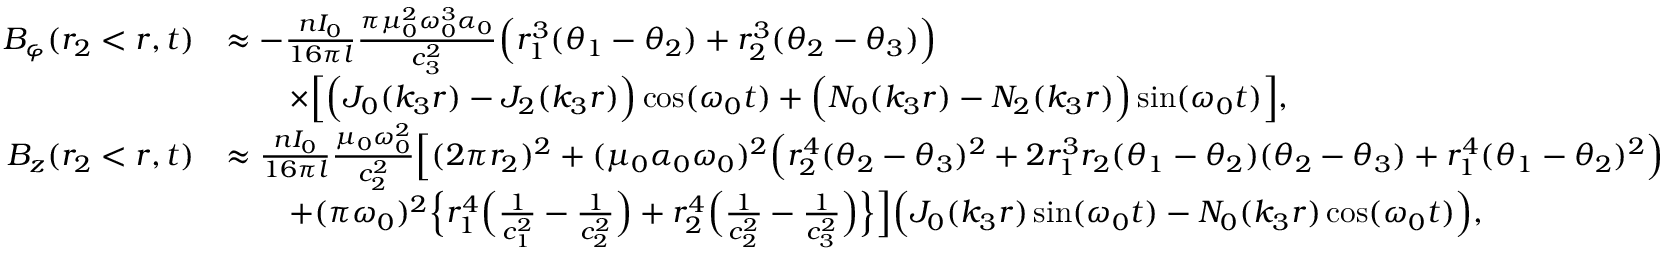
\begin{array} { r l } { B _ { \varphi } ( r _ { 2 } < r , t ) } & { \approx - \frac { n I _ { 0 } } { 1 6 \pi l } \frac { \pi \mu _ { 0 } ^ { 2 } \omega _ { 0 } ^ { 3 } \alpha _ { 0 } } { c _ { 3 } ^ { 2 } } \Big ( r _ { 1 } ^ { 3 } ( \theta _ { 1 } - \theta _ { 2 } ) + r _ { 2 } ^ { 3 } ( \theta _ { 2 } - \theta _ { 3 } ) \Big ) } \\ & { \qquad \times \Big [ \Big ( J _ { 0 } ( k _ { 3 } r ) - J _ { 2 } ( k _ { 3 } r ) \Big ) \cos ( \omega _ { 0 } t ) + \Big ( N _ { 0 } ( k _ { 3 } r ) - N _ { 2 } ( k _ { 3 } r ) \Big ) \sin ( \omega _ { 0 } t ) \Big ] , } \\ { B _ { z } ( r _ { 2 } < r , t ) } & { \approx \frac { n I _ { 0 } } { 1 6 \pi l } \frac { \mu _ { 0 } \omega _ { 0 } ^ { 2 } } { c _ { 2 } ^ { 2 } } \Big [ ( 2 \pi r _ { 2 } ) ^ { 2 } + ( \mu _ { 0 } \alpha _ { 0 } \omega _ { 0 } ) ^ { 2 } \Big ( r _ { 2 } ^ { 4 } ( \theta _ { 2 } - \theta _ { 3 } ) ^ { 2 } + 2 r _ { 1 } ^ { 3 } r _ { 2 } ( \theta _ { 1 } - \theta _ { 2 } ) ( \theta _ { 2 } - \theta _ { 3 } ) + r _ { 1 } ^ { 4 } ( \theta _ { 1 } - \theta _ { 2 } ) ^ { 2 } \Big ) } \\ & { \qquad + ( \pi \omega _ { 0 } ) ^ { 2 } \Big \{ r _ { 1 } ^ { 4 } \Big ( \frac { 1 } { c _ { 1 } ^ { 2 } } - \frac { 1 } { c _ { 2 } ^ { 2 } } \Big ) + r _ { 2 } ^ { 4 } \Big ( \frac { 1 } { c _ { 2 } ^ { 2 } } - \frac { 1 } { c _ { 3 } ^ { 2 } } \Big ) \Big \} \Big ] \Big ( J _ { 0 } ( k _ { 3 } r ) \sin ( \omega _ { 0 } t ) - N _ { 0 } ( k _ { 3 } r ) \cos ( \omega _ { 0 } t ) \Big ) , } \end{array}